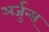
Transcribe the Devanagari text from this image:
अर्जुन्स्